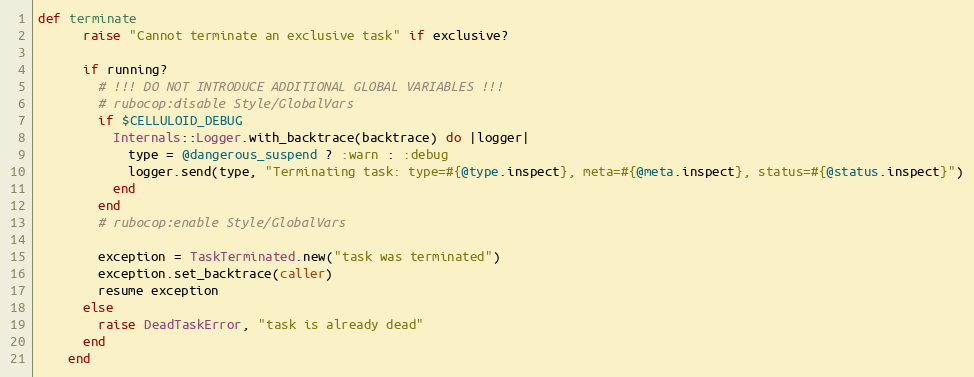
Language: Ruby
def terminate
      raise "Cannot terminate an exclusive task" if exclusive?

      if running?
        # !!! DO NOT INTRODUCE ADDITIONAL GLOBAL VARIABLES !!!
        # rubocop:disable Style/GlobalVars
        if $CELLULOID_DEBUG
          Internals::Logger.with_backtrace(backtrace) do |logger|
            type = @dangerous_suspend ? :warn : :debug
            logger.send(type, "Terminating task: type=#{@type.inspect}, meta=#{@meta.inspect}, status=#{@status.inspect}")
          end
        end
        # rubocop:enable Style/GlobalVars

        exception = TaskTerminated.new("task was terminated")
        exception.set_backtrace(caller)
        resume exception
      else
        raise DeadTaskError, "task is already dead"
      end
    end